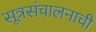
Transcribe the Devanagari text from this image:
सूत्रसंचालनाची